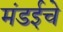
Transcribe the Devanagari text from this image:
मंडईचे